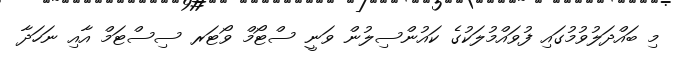
މި ބައްދަލުވުމުގައި ފުވައްމުލަކުގެ ކައުންސިލުން ވަނީ ސްޓޯމް ވޯޓަރ ސިސްޓަމް އާއި ނަހަދާ